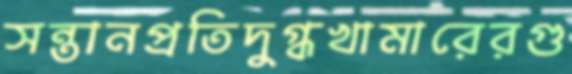
সন্তানপ্রতিদুগ্ধখামারেরগু